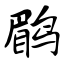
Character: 鹛